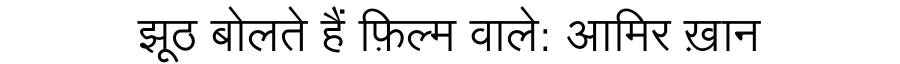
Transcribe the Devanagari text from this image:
झूठ बोलते हैं फ़िल्म वाले: आमिर ख़ान